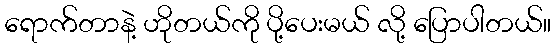
ရောက်တာနဲ့ ဟိုတယ်ကို ပို့ပေးမယ် လို့ ပြောပါတယ်။